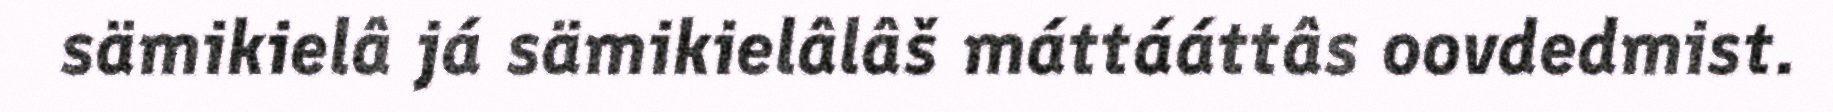
sämikielâ já sämikielâlâš máttááttâs oovdedmist.